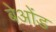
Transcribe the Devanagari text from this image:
बेओंड